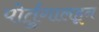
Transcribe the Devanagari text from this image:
पोर्तुगालहून